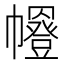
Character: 𭘼